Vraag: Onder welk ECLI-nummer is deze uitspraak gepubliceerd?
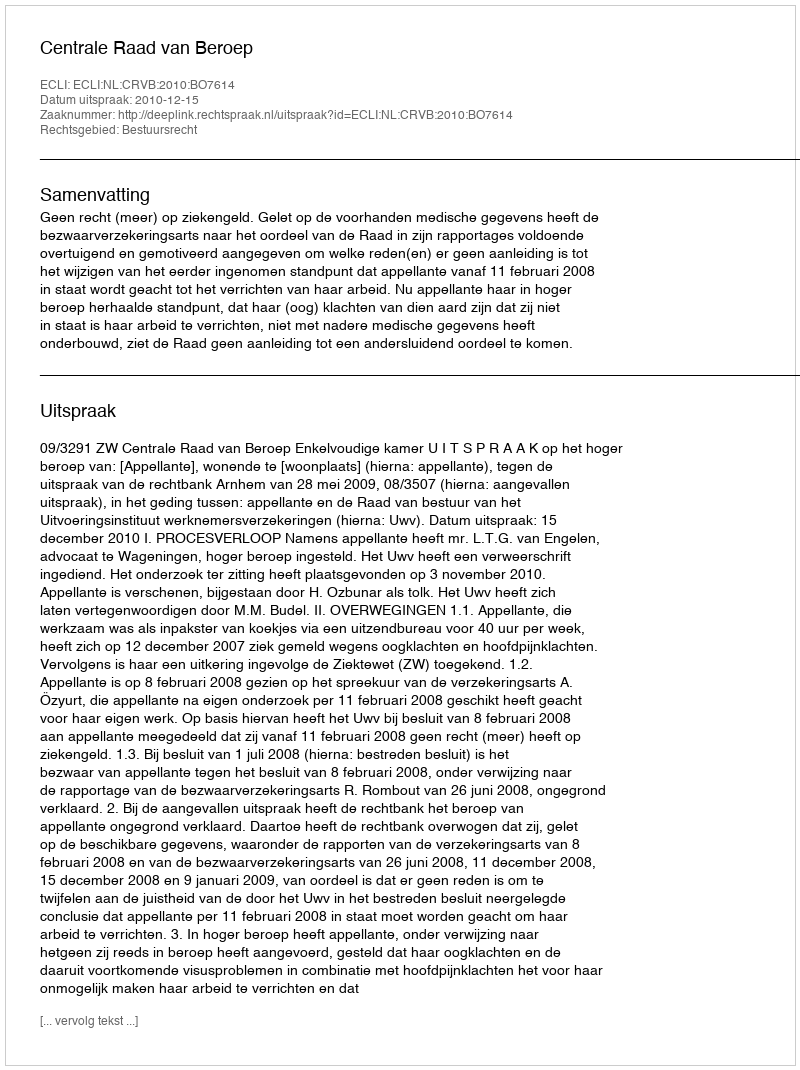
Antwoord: ECLI:NL:CRVB:2010:BO7614